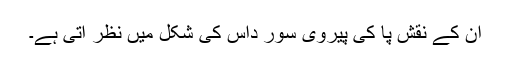
ان کے نقشِ پا کی پیروی سور داس کی شکل میں نظر آتی ہے۔